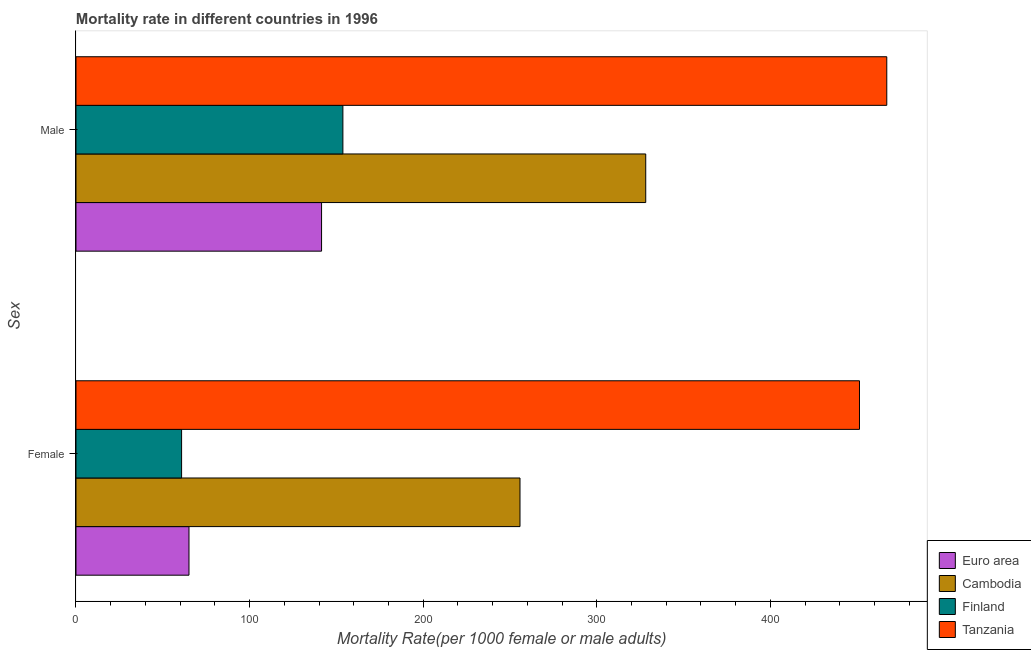
| Sex | Euro area | Cambodia | Finland | Tanzania |
 | --- | --- | --- | --- | --- |
 | Female | 65.1 | 256 | 60.8 | 451 |
 | Male | 141 | 328 | 154 | 467 |